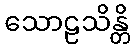
သောဠသိန္တိ